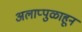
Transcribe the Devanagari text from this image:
अलाप्पुळाहून